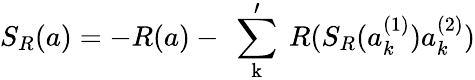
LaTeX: S_{R}(a)=-R(a)-\mathrm{~\sum_{k}^{\prime}~}R(S_{R}(a_{k}^{(1)})a_{k}^{(2)})